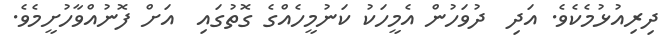
ދިރިއުޅުމެކެވެ. އަދި  ދުވަހުން އެމީހަކު ކަނުމީހެއްގެ ގޮތުގައި  އަށް ފޮނުއްވާހުށީމެވެ.